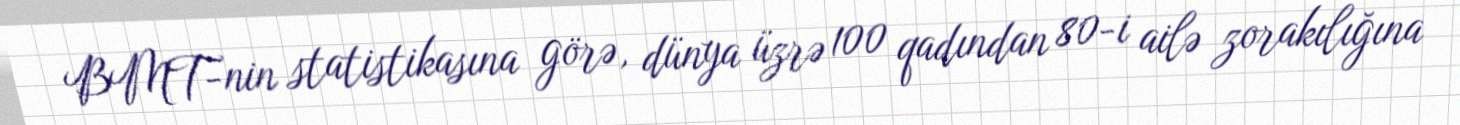
BMT-nin statistikasına görə, dünya üzrə 100 qadından 80-i ailə zorakılığına